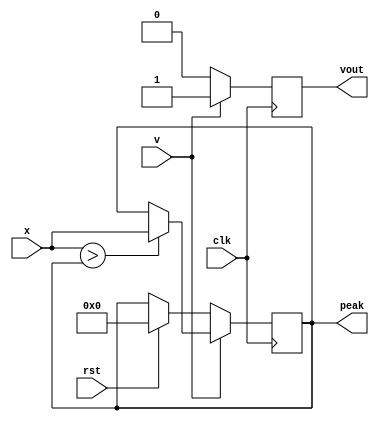
`timescale 1ns/1ns

module peak_find(input wire signed [15:0] x,
				 input wire 	   v,
				 input wire 	   clk,
				 input wire 	   rst,
				 output reg signed [15:0] peak,
				 output reg 	   vout);
				 
		always @(posedge clk)
		begin
			if (rst)
			begin
				vout <= 1'b0;
				peak <= 16'b0;
			end
			if (v)
			begin
				if (x > peak)
					peak <= x;
				else
					peak <= peak;
				vout <= 1'b1;
			end else
				vout <= 1'b0;
		end
endmodule